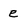
Character: e